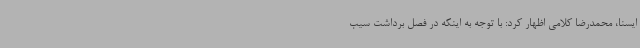
ایسنا، محمدرضا کلامی اظهار کرد: با توجه به اینکه در فصل برداشت سیب